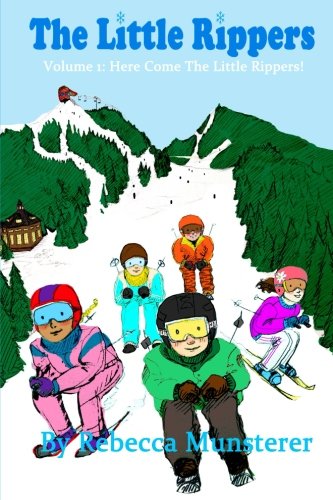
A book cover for The Little Rippers: Volume 1:  Here Come the Little Rippers!; Rebecca Munsterer; Children's Books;